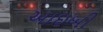
આઇબી